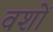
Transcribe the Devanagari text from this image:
वशों